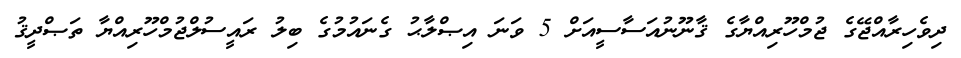
ދިވެހިރާއްޖޭގެ ޖުމްހޫރިއްޔާގެ ޤާނޫނުއަސާސީއަށް 5 ވަނަ އިޞްލާޙު ގެނައުމުގެ ބިލު ރައީސުލްޖުމްހޫރިއްޔާ ތަޞްދީޤު